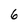
Character: 6